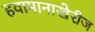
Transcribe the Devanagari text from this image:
हवामानाखेरीज